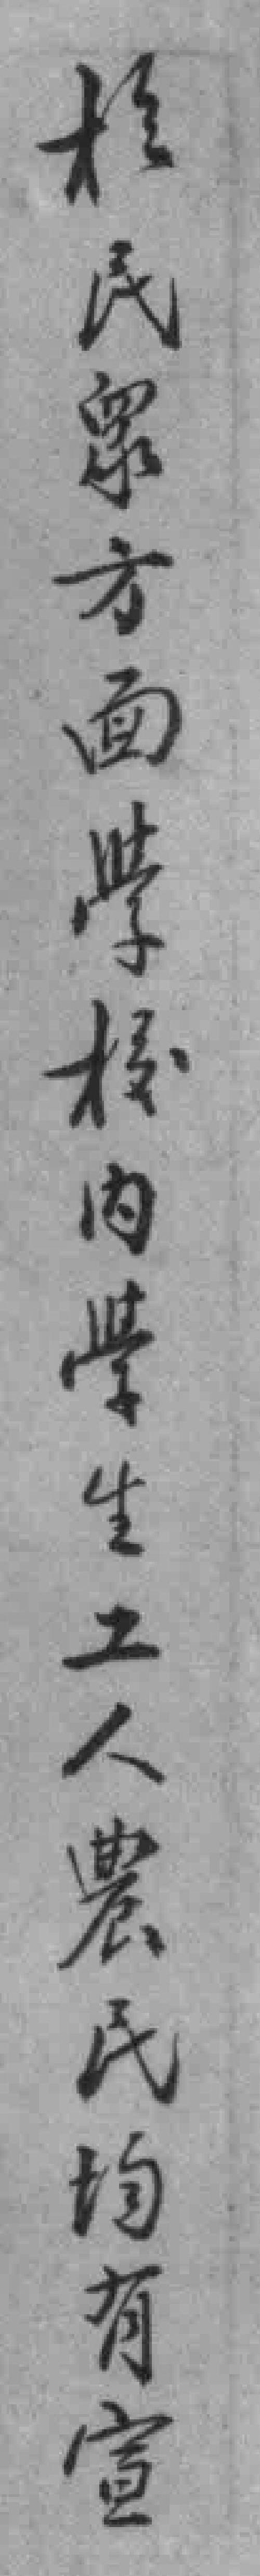
於民眾方面學核內學生工人農民均有宣